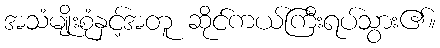
အသံမျိုးစုံနှင့်အတူ ဆိုင်ကယ်ကြီးရပ်သွား၏။